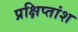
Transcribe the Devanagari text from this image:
प्रक्षिप्तांश